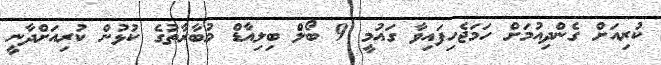
ކުރިއަށް ގެންދިއުމަށް ހަމަޖެހިފައިވާ ގައުމީ 9 ބޯލް ބިލިއާޑް މުބާރާތުގެ ކުޅުން ކުރިއަށްދާނީ